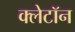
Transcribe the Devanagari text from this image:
क्लेटॉन